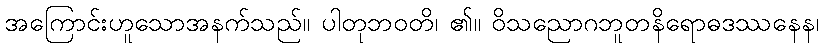
အကြောင်းဟူသောအနက်သည်။ ပါတုဘဝတိ၊ ၏။ ဝိသညောဂဘူတနိရောဓဒဿနေန၊